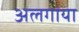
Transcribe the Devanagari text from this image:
अलगाया